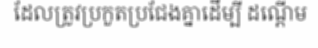
ដែលត្រូវប្រកួតប្រជែងគ្នាដើម្បី ដណ្តើម